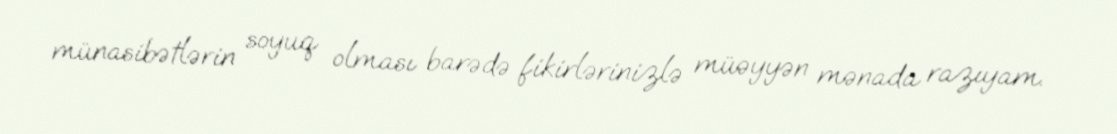
münasibətlərin soyuq olması barədə fikirlərinizlə müəyyən mənada razıyam.